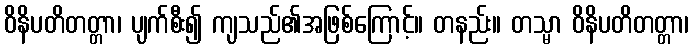
ဝိနိပတိတတ္တာ၊ ပျက်စီး၍ ကျသည်၏အဖြစ်ကြောင့်။ တနည်း။ တသ္မာ ဝိနိပတိတတ္တာ၊